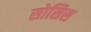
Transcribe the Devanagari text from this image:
सोसिस